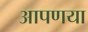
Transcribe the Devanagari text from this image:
आपणया